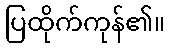
ပြထိုက်ကုန်၏။